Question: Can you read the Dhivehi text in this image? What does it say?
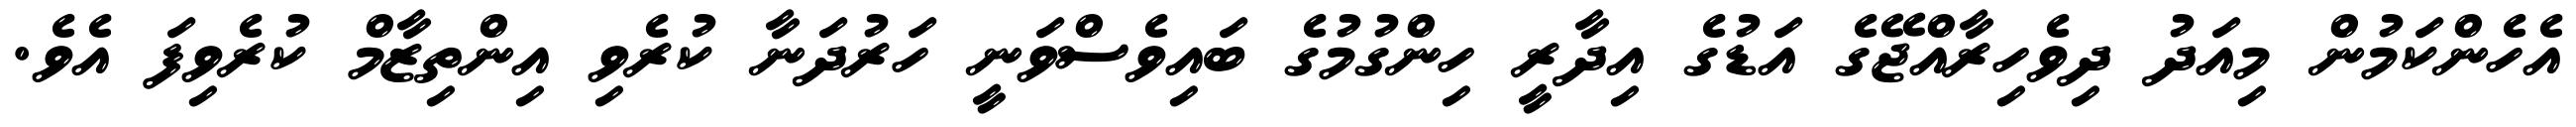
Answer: އެހެންކަމުން މިއަދު ދިވެހިރާއްޖޭގެ އަޑުގެ އިދާރީ ހިންގުމުގެ ބައިވެސްވަނީ ހަރުދަނާ ކުރެވި އިންތިޒާމް ކުރެވިފަ އެވެ.